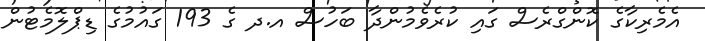
އެމެރިކާގެ ކޮންގްރެސް ގައި ކުރެވެމުންދާ ބަހުސް އ.ދ ގެ 193 ގައުމުގެ ޑިޕްލޮމެޓުން